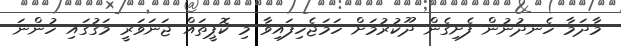
މާދަމާ ހެނދުނުން ފެށިގެން ދޫކުރުމަށް ހަމަޖެހިފައިވާ މި ކޮޕީތައް ޖަނަވަރީ މަގުގައި ހުންނަ